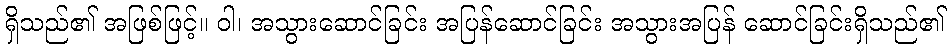
ရှိသည်၏ အဖြစ်ဖြင့်။ ဝါ၊ အသွားဆောင်ခြင်း အပြန်ဆောင်ခြင်း အသွားအပြန် ဆောင်ခြင်းရှိသည်၏